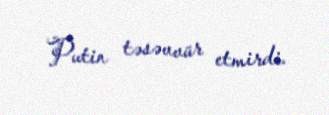
Putin təsəvvür etmirdi.